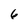
Character: 6